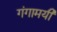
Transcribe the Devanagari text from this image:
गंगामयी